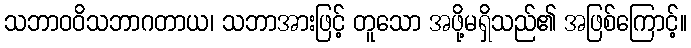
သဘာဝဝိသဘာဂတာယ၊ သဘာအားဖြင့် တူသော အဖို့မရှိသည်၏ အဖြစ်ကြောင့်။